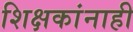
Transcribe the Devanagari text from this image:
शिक्षकांनाही